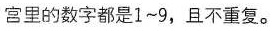
宫里的数字都是1~9，且不重复。